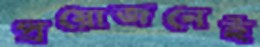
প্রয়োজনেই